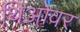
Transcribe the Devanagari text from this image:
थिओवर